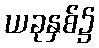
ယခုနှစ်၌